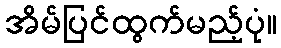
အိမ်ပြင်ထွက်မည့်ပုံ။